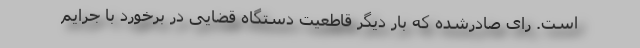
است. رای صادرشده که بار دیگر قاطعیت دستگاه قضایی در برخورد با جرایم